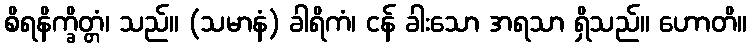
စိရနိက္ခိတ္တံ၊ သည်။ (သမာနံ) ခါရိကံ၊ ငန် ခါးသော အရသာ ရှိသည်။ ဟောတိ။